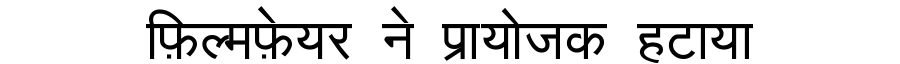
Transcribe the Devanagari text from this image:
फ़िल्मफ़ेयर ने प्रायोजक हटाया